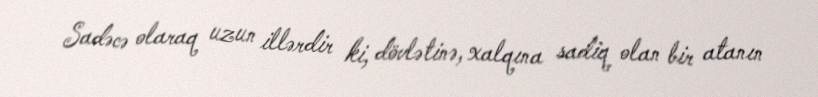
Sadəcə olaraq uzun illərdir ki, dövlətinə, xalqına sadiq olan bir atanın